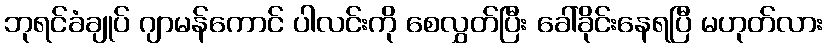
ဘုရင်ခံချုပ် ဂျာမန်ကောင် ပါလင်းကို စေလွှတ်ပြီး ခေါ်ခိုင်းနေရပြီ မဟုတ်လား